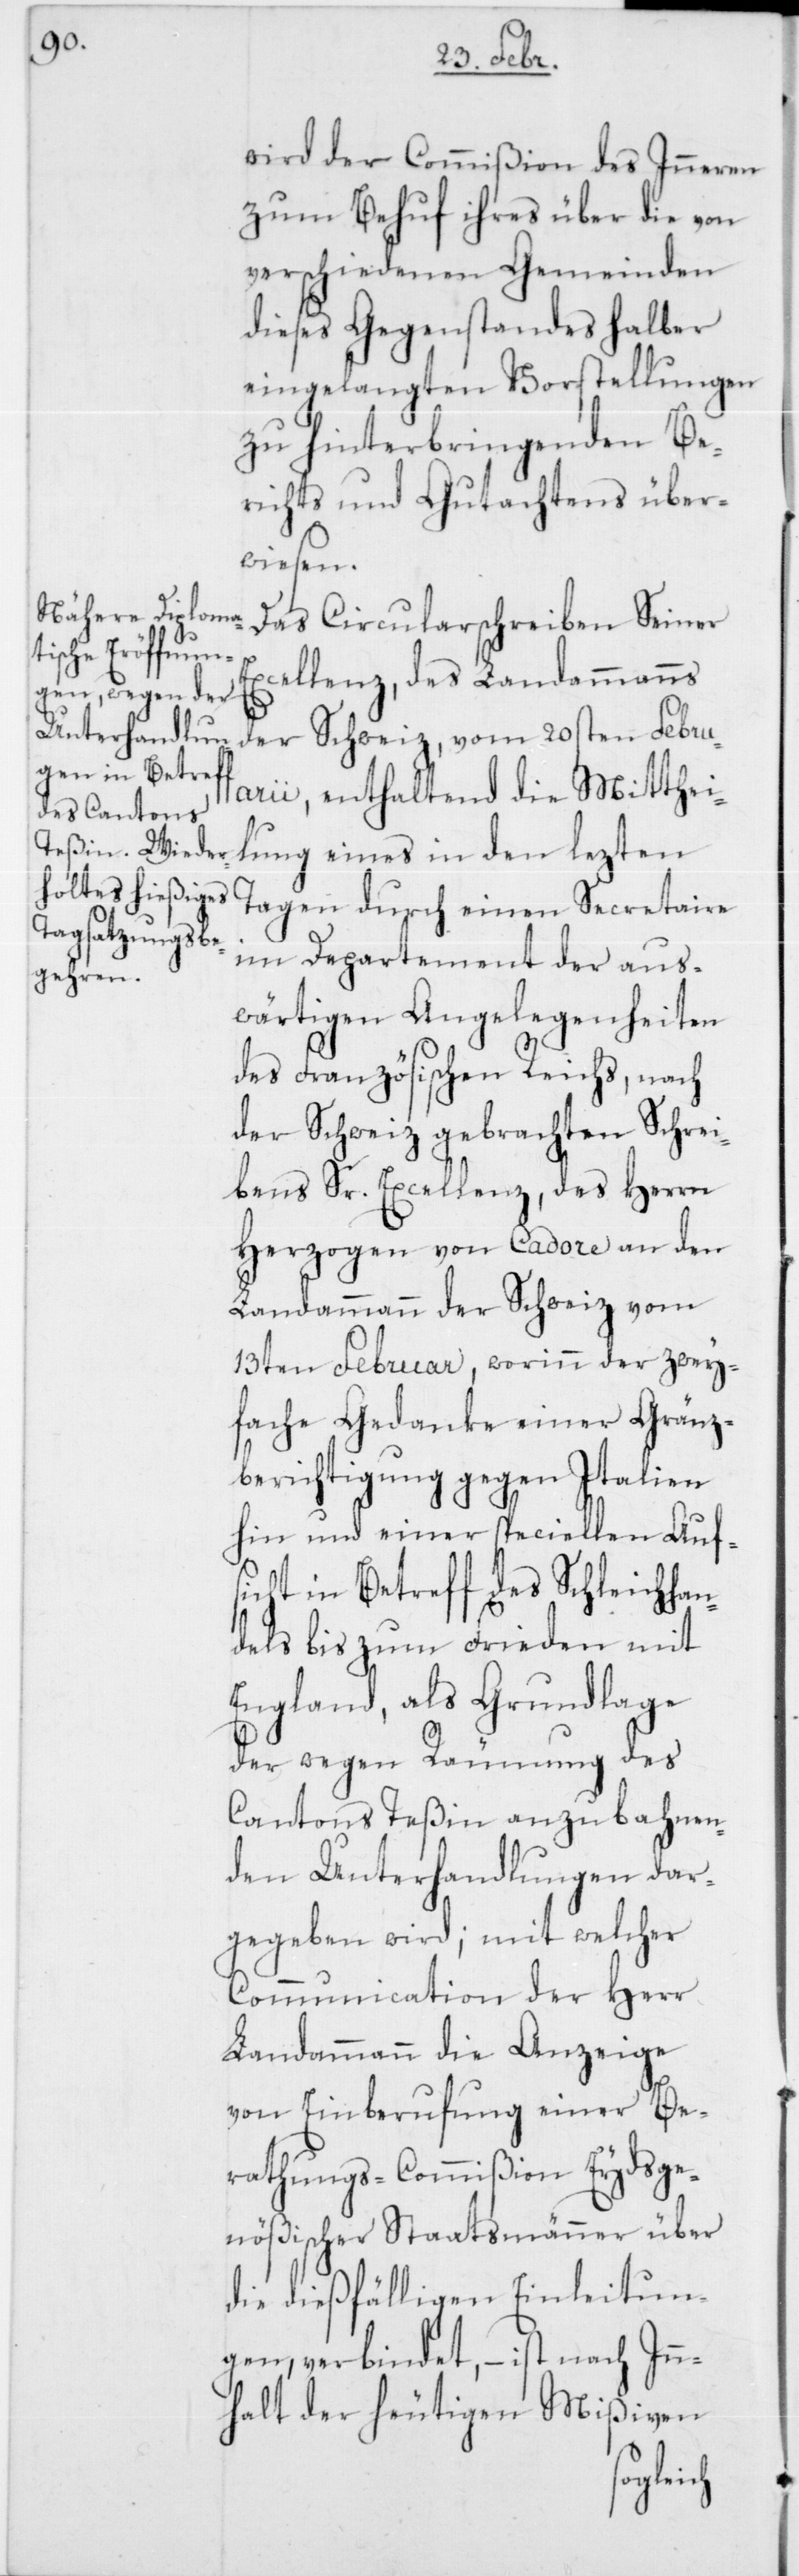
wird der Commißion des Inneren
zum Behuf ihres über die von
verschiedenen Gemeinden
dieses Gegenstandes halber
eingelangten Vorstellungen
zu hinterbringenden Be¬
richts und Gutachtens über¬
wiesen.
Das Circularschreiben Seiner
Excellenz, des Landammanns
der Schweiz, vom 20sten Febru¬
arii, enthaltend die Mitthei¬
lung eines in den lezten
Tagen durch einen Secretaire
im Departement der aus¬
wärtigen Angelegenheiten
des Französischen Reichs, nach
der Schweiz gebrachten Schrei¬
bens Sr. Excellenz, des Herrn
Herzogen von Cadore an den
Landammann der Schweiz vom
13ten Februar, worinn der zwey¬
fache Gedanke einer Gränz¬
berichtigung gegen Italien
hin und einer speciellen Aufs¬
icht in Betreff des Schleichhan¬
dels bis zum Frieden mit
England, als Grundlage
der wegen Räumung des
Cantons Teßin anzubahnen¬
den Unterhandlungen dar¬
gegeben wird; mit welcher
Communication der Herr
Landammann die Anzeige
von Einberufung einer Be¬
rathungs-Commißion Eydsge¬
nößischer Staatsmänner über
die dießfälligen Einleitun¬
gen verbindet, – ist nach Inn¬
halt der heutigen Mißiven